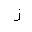
Letter: _zay